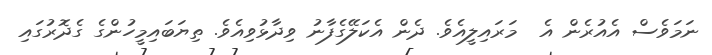
ނަމަވެސް އެއުރެން އެ  މަރައިލީއެވެ. ދެން އެކަލޭގެފާނު ވިދާޅުވިއެވެ. ތިޔަބައިމީހުންގެ ގެދޮރުގައި